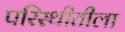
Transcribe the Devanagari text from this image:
परिस्थीतीला